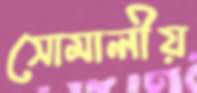
সোমালীয়